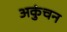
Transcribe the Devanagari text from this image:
अकुंचन